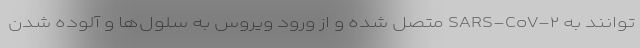
توانند به SARS-CoV-۲ متصل شده و از ورود ویروس به سلول‌ها و آلوده شدن